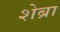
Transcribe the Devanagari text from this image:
शेब्रा